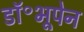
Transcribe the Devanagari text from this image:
डॉ॰भूपेन